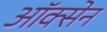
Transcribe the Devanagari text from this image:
ऑक्सेन